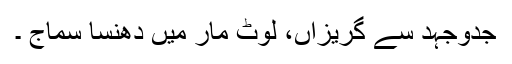
جدوجہد سے گریزاں، لوٹ مار میں دھنسا سماج ۔